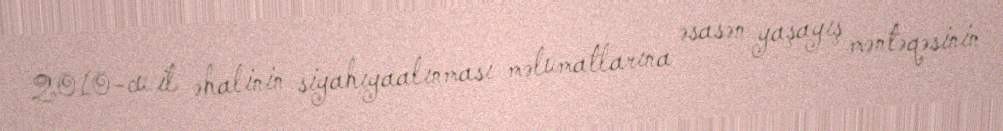
2010-cu il əhalinin siyahıyaalınması məlumatlarına əsasən yaşayış məntəqəsinin